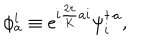
\phi _ { a } ^ { i } \equiv \mathrm { e } ^ { i { \frac { 2 \pi } { K } } a i } \psi _ { i } ^ { \dagger \, a } ,